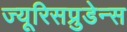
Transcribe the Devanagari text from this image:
ज्यूरिसप्रुडेन्स